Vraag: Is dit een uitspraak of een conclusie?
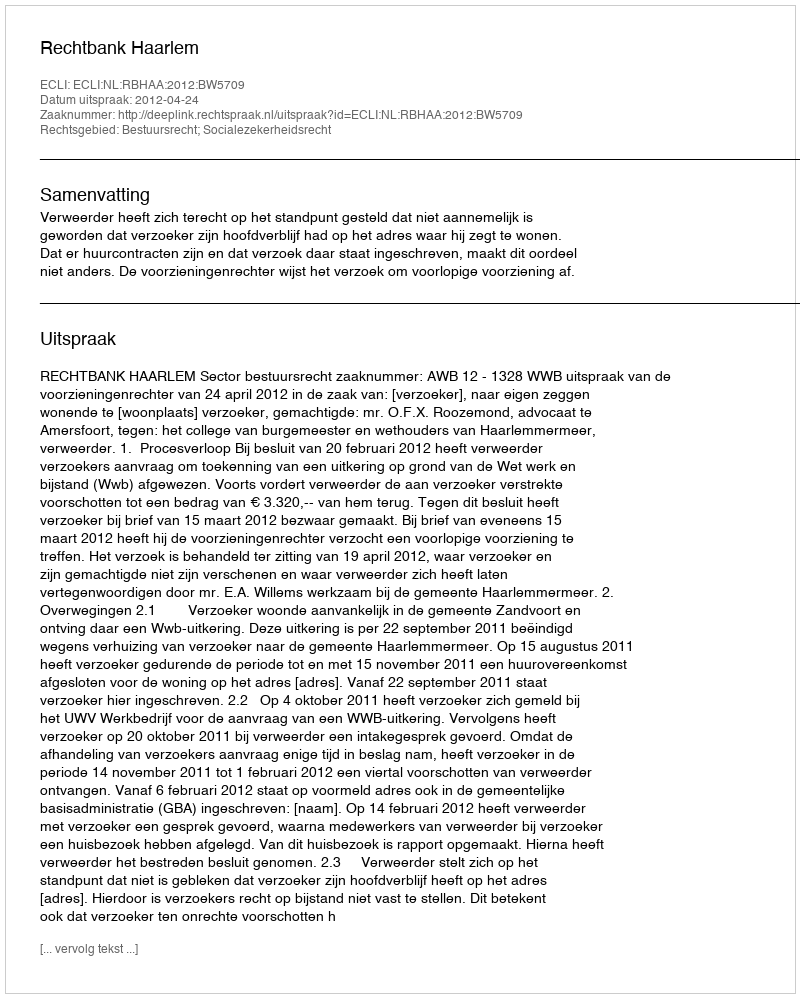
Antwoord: Uitspraak